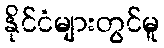
နိုင်ငံများတွင်မူ